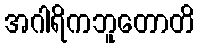
အဂါရိကဘူတောတိ